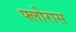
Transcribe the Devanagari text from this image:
फ्लोरास